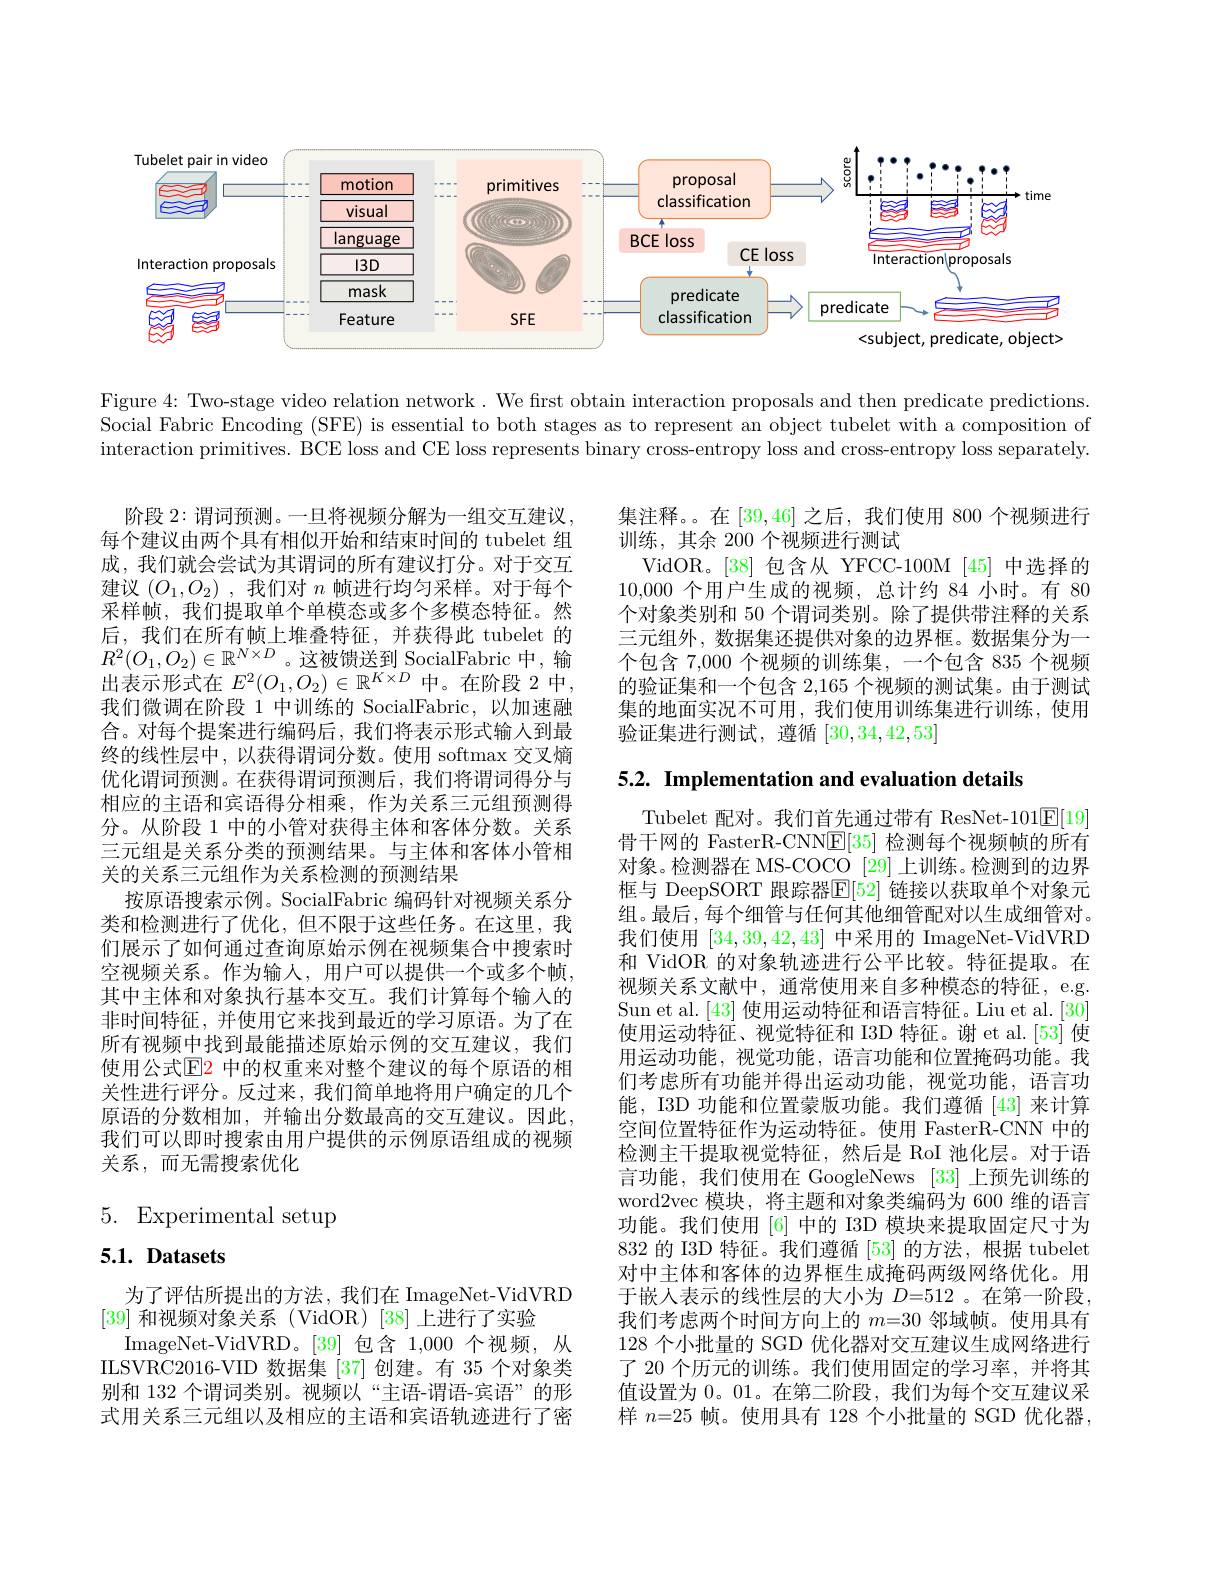
<FigureHere>

Figure 4: Two-stage video relation network. We first obtain interaction proposals and then predicate predictions. Social Fabric Encoding (SFE) is essential to both stages as to represent an object tubelet with a composition of interaction primitives. BCE loss and CE loss represents binary cross-entropy loss and cross-entropy loss separately.

集注释。在[39,46]之后，我们使用 800 个视频进行
训练，其余 200 个视频进行测试
VidOR。[38] 包含从 YFCC-100M [45] 中选择的10,000个用户生成的视频，总计约 84 小时。有 80个对象类别和 50 个谓词类别。除了提供带注释的关系三元组外，数据集还提供对象的边界框。数据集分为一个包含 7,000 个视频的训练集，一个包含 835 个视频的验证集和一个包含2，165个视频的测试集。由于测试集的地面实况不可用，我们使用训练集进行训练，使用验证集进行测试，遵循[30,34,42,53]

5.2. Implementation and evaluation details

阶段 2: 谓词预测。一旦将视频分解为一组交互建议， 每个建议由两个具有相似开始和结束时间的 tubelet 组成，我们就会尝试为其谓词的所有建议打分。对于交互建议$(O_1,O_2)$ ,我们对$n$帧进行均匀采样。对于每个采样帧，我们提取单个单模态或多个多模态特征。然后，我们在所有帧上堆叠特征，并获得此 tubelet 的$R^{2}(O_{1},O_{2})\in\mathbb{R}^{N\times D}$。这被馈送到 SocialFabric 中，输出表示形式在$E^2(O_1,O_2)\in\mathbb{R}^{K\times D}$中。在阶段 2 中， 我们微调在阶段 1 中训练的 SocialFabric, 以加速融合。对每个提案进行编码后，我们将表示形式输入到最终的线性层中，以获得谓词分数。使用 softmax 交叉熵优化谓词预测。在获得谓词预测后，我们将谓词得分与相应的主语和宾语得分相乘，作为关系三元组预测得分。从阶段 1 中的小管对获得主体和客体分数。关系三元组是关系分类的预测结果。与主体和客体小管相关的关系三元组作为关系检测的预测结果
按原语搜索示例。SocialFabric 编码针对视频关系分类和检测进行了优化，但不限于这些任务。在这里，我们展示了如何通过查询原始示例在视频集合中搜索时空视频关系。作为输入，用户可以提供一个或多个帧， 其中主体和对象执行基本交互。我们计算每个输入的非时间特征，并使用它来找到最近的学习原语。为了在所有视频中找到最能描述原始示例的交互建议，我们使用公式$\mathbb{E}\color{red}{2}$ 中的权重来对整个建议的每个原语的相关性进行评分。反过来，我们简单地将用户确定的几个原语的分数相加，并输出分数最高的交互建议。因此， 我们可以即时搜索由用户提供的示例原语组成的视频关系，而无需搜索优化

Tubelet 配对。我们首先通过带有 ResNet-101$\boxed{\mathrm{F}}[19]$ 骨干网的 FasterR-CNN$\underline{\mathrm{E}}[35]$检测每个视频帧的所有对象。检测器在 MS-COCO [29] 上训练。检测到的边界框与 DeepSORT 跟踪器$\overline{\mathbb{E}}[52]$ 链接以获取单个对象元组。最后，每个细管与任何其他细管配对以生成细管对。我们使用[34,39,42,43]中采用的 ImageNet-VidVRD 和 VidOR 的对象轨迹进行公平比较。特征提取。在视频关系文献中，通常使用来自多种模态的特征，e.g. Sun et al. [43] 使用运动特征和语言特征。Liu et al. [30] 使用运动特征、视觉特征和 I3D 特征。谢 et al.[53] 使用运动功能，视觉功能，语言功能和位置掩码功能。我们考虑所有功能并得出运动功能，视觉功能，语言功能，I3D 功能和位置蒙版功能。我们遵循[43]来计算空间位置特征作为运动特征。使用 FasterR-CNN 中的检测主干提取视觉特征，然后是 RoI 池化层。对于语言功能，我们使用在 GoogleNews [33]上预先训练的word2vec 模块，将主题和对象类编码为 600 维的语言功能。我们使用[6] 中的 I3D 模块来提取固定尺寸为832 的 I3D 特征。我们遵循 [53] 的方法，根据 tubelet 对中主体和客体的边界框生成掩码两级网络优化。用于嵌入表示的线性层的大小为$D=512$ 。在第一阶段， 我们考虑两个时间方向上的$m=30$邻域帧。使用具有128 个小批量的 SGD 优化器对交互建议生成网络进行了 20 个历元的训练。我们使用固定的学习率，并将其值设置为0。01。在第二阶段，我们为每个交互建议采样$n=25$帧。使用具有 128 个小批量的 SGD 优化器

# 5. Experimental setup

## $5. 1. \textbf{ Datasets}$

为了评估所提出的方法，我们在 ImageNet-VidVRD
[39]和视频对象关系 (VidOR)[38]上进行了实验
ImageNet- VidVRD。[ 39] 包含1，000 个视频，从ILSVRC2016-VID 数据集 [37] 创建。有 35 个对象类别和 132 个谓词类别。视频以“主语-谓语-宾语”的形式用关系三元组以及相应的主语和宾语轨迹进行了密